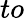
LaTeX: to